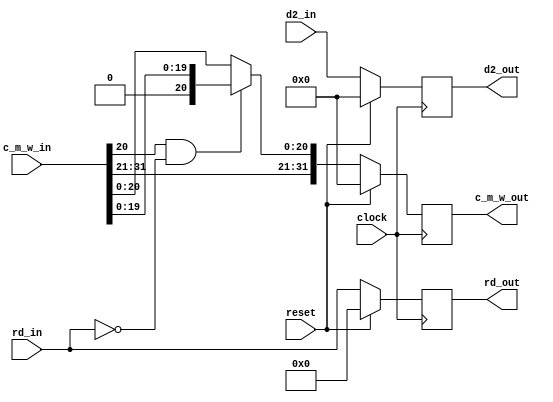
// mem_wb
module mem_wb (
	input [31:0] d2_in,
	input [4:0] rd_in,
	input [31:0] c_m_w_in,
	input clock,
	input reset,
	output reg [31:0] d2_out,
	output reg [4:0] rd_out,
	output reg [31:0] c_m_w_out
	);
	
	initial begin
		d2_out <= 0;
		rd_out <= 0;
		c_m_w_out <= 0;
	end
	
	always @ (posedge clock) begin
		if (reset) begin
			d2_out <= 0;
			rd_out <= 0;
			c_m_w_out <= 0;
		end else begin
			d2_out <= d2_in;
			rd_out <= rd_in;
			if ((1 == c_m_w_in[20]) && (0 == rd_in)) begin
				c_m_w_out <= {c_m_w_in[31:21], 1'b0, c_m_w_in[19:0]};
			end else begin
				c_m_w_out <= c_m_w_in;
			end
		end
	end
	
endmodule